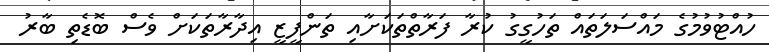
ހުއްޓުވުމުގެ މައްސަލަތައް ތަހުގީގު ކުރާ ފަރާތްތަކަށާއި ތަންފީޒީ އިދާރާތަކަށް ވެސް ބޮޑެތި ބާރު